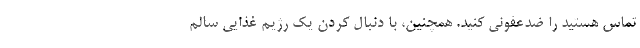
تماس هستید را ضدعفونی کنید. همچنین، با دنبال کردن یک رژیم غذایی سالم